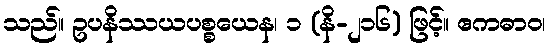
သည်။ ဥပနိဿယပစ္စယေန၊ ၁ (နိ-၂၁၆) ဖြင့်။ ဧကဓာဝ၊